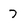
Character: 7